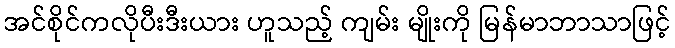
အင်စိုင်ကလိုပီးဒီးယား ဟူသည့် ကျမ်း မျိုးကို မြန်မာဘာသာဖြင့်